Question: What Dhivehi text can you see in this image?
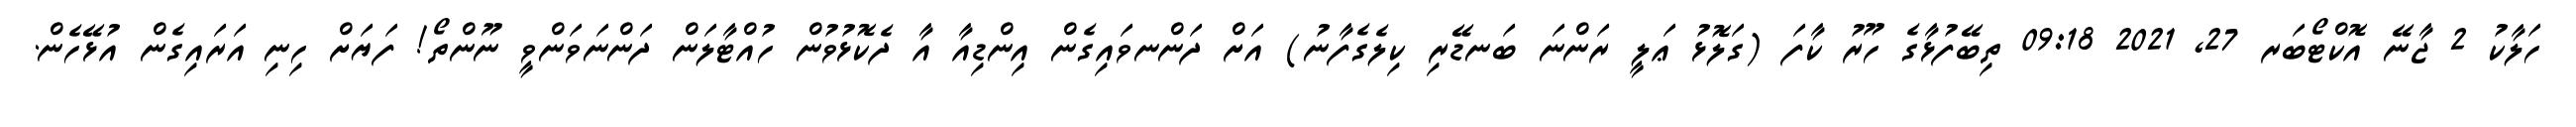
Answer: ހަލާކު 2 ޖާނޭ އޮކްޓޯބަރ 27, 2021 09:18 ތިބޭފުޅާގެ ހޫރު ކާފަ (ގަލޮޅު ޢަލީ ރަންނަ ބަނޑޭރި ކިލެގެފާނު) އަށް ދަންނވައިގެން އިންޑިއާ އާ ދެކޮޅުވުން ހުއްޓާލަން ދަންނަވަންވީ ނޫންތޯ! ފަޔަށް ހިނި އަރައިގެން އުޅޭހެން.